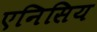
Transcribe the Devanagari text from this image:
एनिसिय